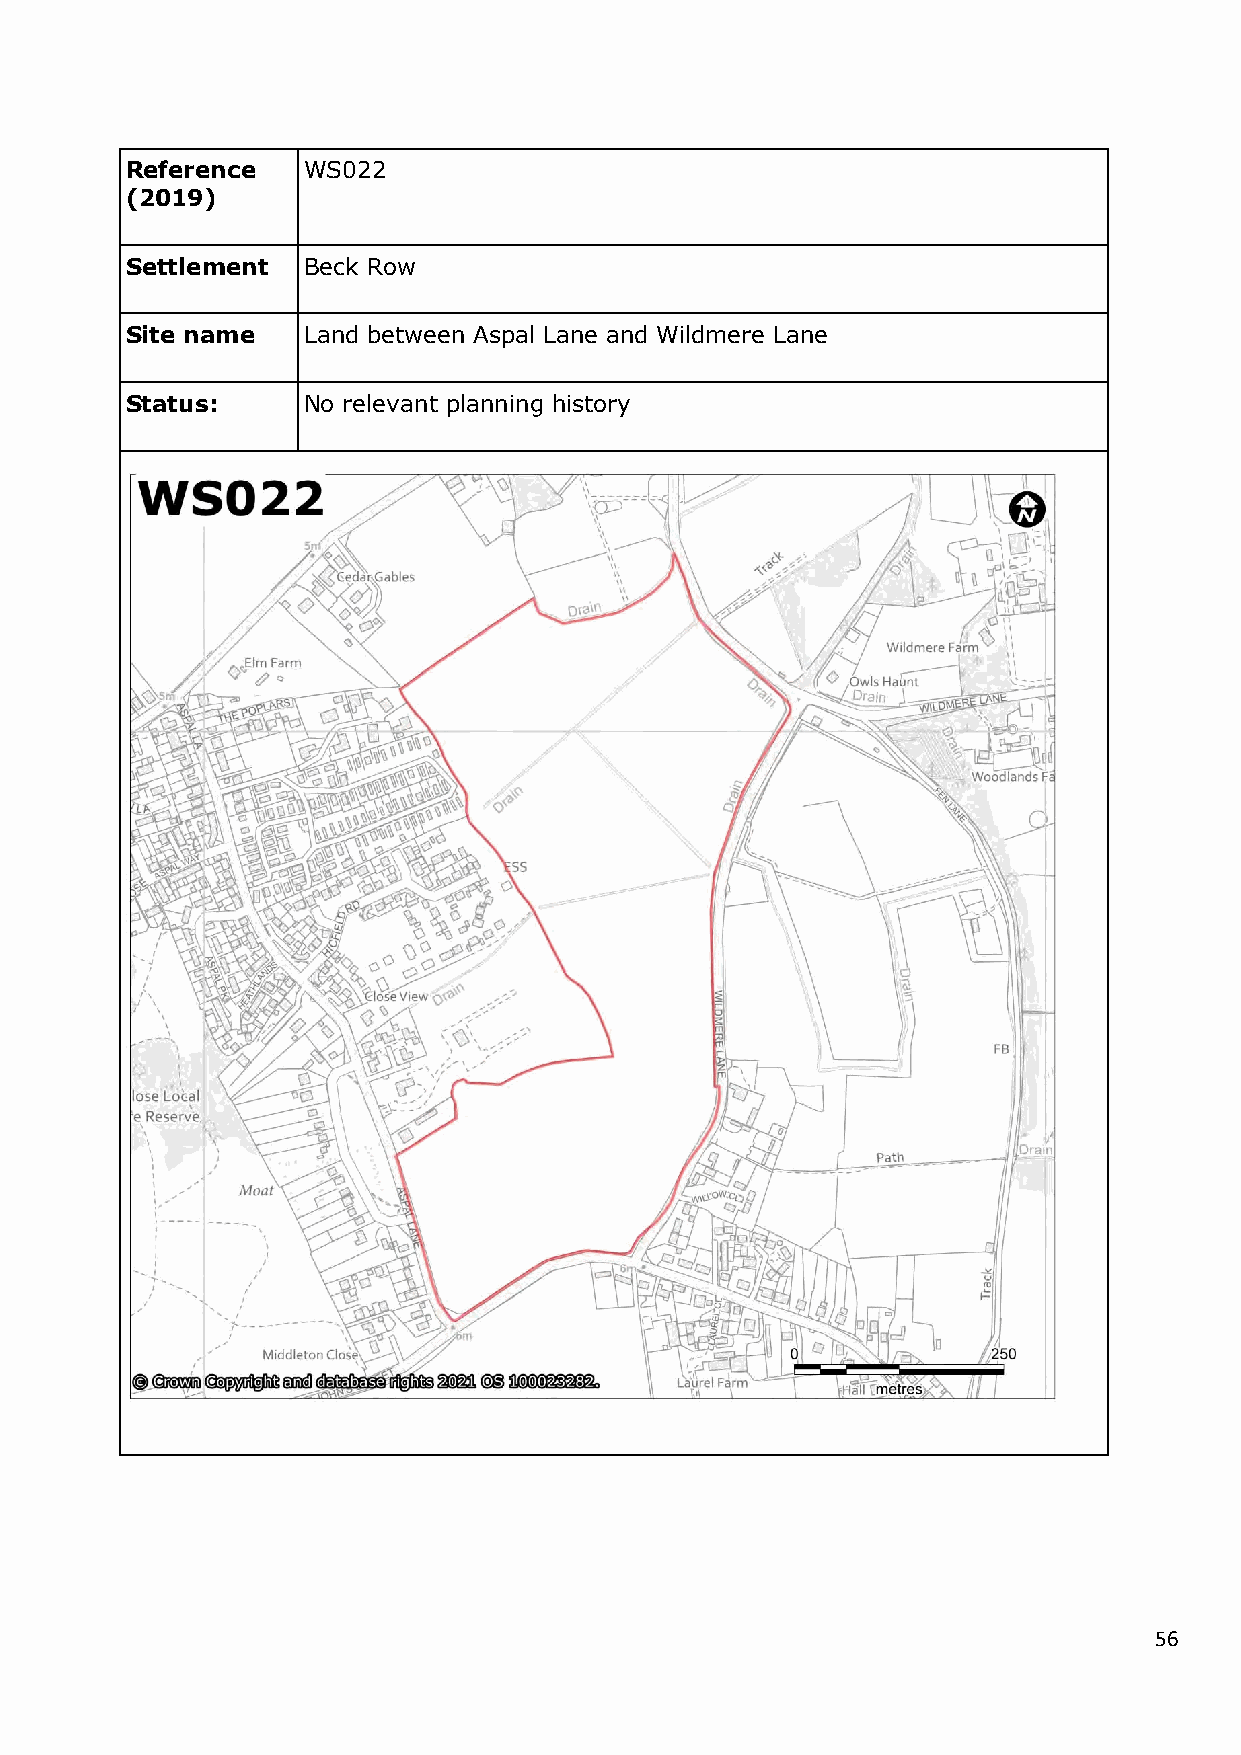
Reference   WS022
 (2019)
 Settlement  Beck Row
 Site name   Land between Aspal Lane and Wildmere Lane
 Status:     No relevant planning history
 56